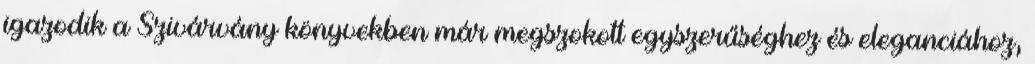
igazodik a Szivárvány könyvekben már megszokott egyszerűséghez és eleganciához,